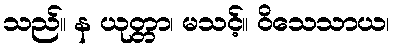
သည်။ န ယုတ္တာ၊ မသင့်။ ဝိသေသာယ၊